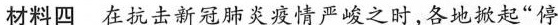
材料四在抗击新冠肺炎疫情严峻之时，各地掀起”停